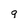
Character: 9